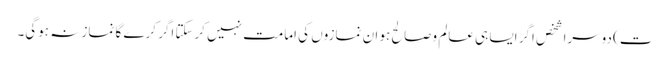
ت) دوسرا شخص اگر ایسا ہی عالم وصالح ہو ان نمازوں کی امامت نہیں کرسکتا اگر کرے گا نماز نہ ہوگی۔